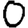
Digit: 0